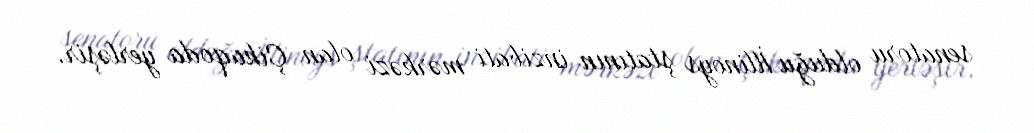
senatoru olduğu İllinoys ştatının inzibati mərkəzi olan Çikaqoda yerləşir.